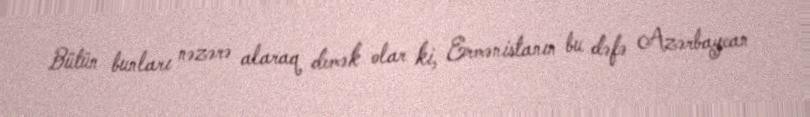
Bütün bunları nəzərə alaraq demək olar ki, Ermənistanın bu dəfə Azərbaycan